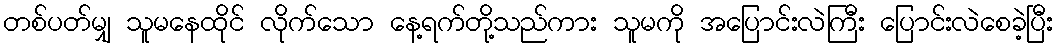
တစ်ပတ်မျှ သူမနေထိုင် လိုက်သော နေ့ရက်တို့သည်ကား သူမကို အပြောင်းလဲကြီး ပြောင်းလဲစေခဲ့ပြီး